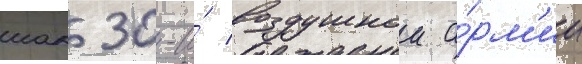
иак 30-и́ воздушнои а́рм'ии